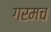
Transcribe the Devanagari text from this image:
गरमच